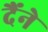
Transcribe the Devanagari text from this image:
दैंने